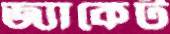
জ্যাকেট